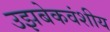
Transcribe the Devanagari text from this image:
उझबेकवंशीय